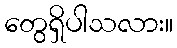
တွေရှိပါသလား။